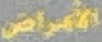
الامراض